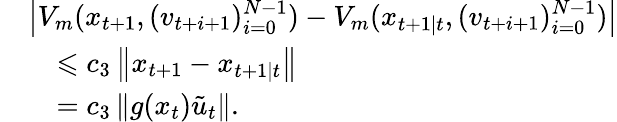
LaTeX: \begin{array}{rl}&{\left|V_{m}(x_{t+1},(v_{t+i+1})_{i=0}^{N-1})-V_{m}(x_{t+1\mid t},(v_{t+i+1})_{i=0}^{N-1})\right|}\\ &{\quad\leqslant c_{3}\left\| x_{t+1}-x_{t+1\mid t}\right\| }\\ &{\quad=c_{3}\left\| g(x_{t})\tilde{u}_{t}\right\| .}\end{array}